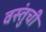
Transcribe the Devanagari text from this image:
वस्तुंची